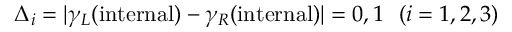
\Delta _ { i } = \vert \gamma _ { L } ( \mathrm { i n t e r n a l } ) - \gamma _ { R } ( \mathrm { i n t e r n a l } ) \vert = 0 , 1 ~ ~ ( i = 1 , 2 , 3 )